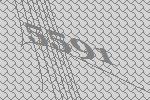
5591